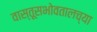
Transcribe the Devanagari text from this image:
वास्तूसभोवतालच्या